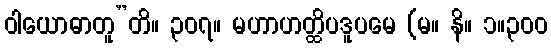
ဝါယောဓာတူ”တိ။ ၃၀၇။ မဟာဟတ္ထိပဒူပမေ (မ။ နိ။ ၁။၃၀၀